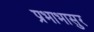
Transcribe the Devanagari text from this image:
प्रभाभासुर